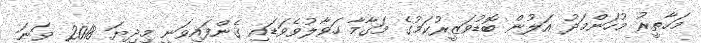
މަހާތީރު މުހަންމަދު އަލުން ބޮޑުވަޒީރުކަމުގެ މަގާމާ ހަވާލުވެވަޑައި ގެންފައިވަނީ މިދިޔަ 2018 ވަނަ